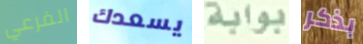
الفرعي يسعدك بوابة بذكر